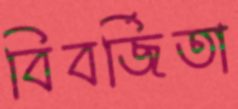
বিবর্জিতা